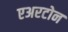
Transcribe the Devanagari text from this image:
एअरटोन